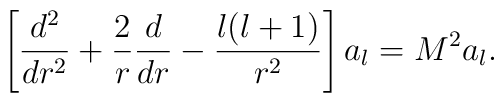
\left[{d^{2}\over dr^{2}}+{2\over r}{d\over dr}-{l(l+1)\over r^{2}}\right]a_{l}=M^{2}a_{l} .